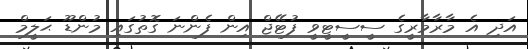
އަދި އެ މާރާމާރީގެ ސީސީޓީވީ ފުޓޭޖް އިން ފެންނަ ގޮތުގައި މުންޑޫ ޙަލީމް